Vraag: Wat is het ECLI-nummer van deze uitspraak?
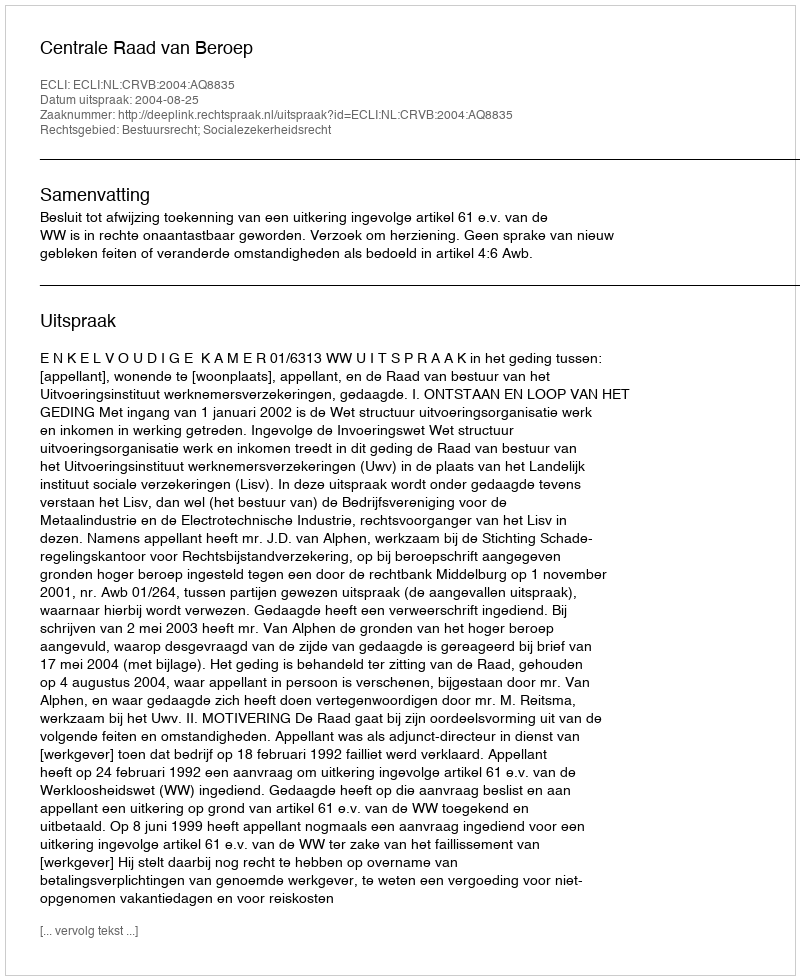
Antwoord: ECLI:NL:CRVB:2004:AQ8835